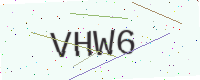
Text: VHW6